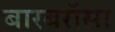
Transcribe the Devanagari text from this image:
बारबरॉसा